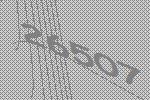
26507